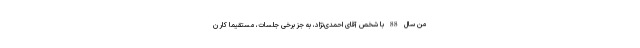
من سال 88 با شخص آقای احمدی‌نژاد، به جز برخی جلسات، مستقیما کار ن